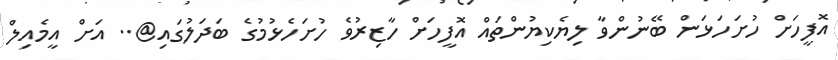
އޮފީހަށް ހުށަހަޅަން ބޭނުންވާ ލިޔެކިޔުންތައް އޮފީހަށް ހާޒިރުވެ ހުށަހެޅުމުގެ ބަދަލުގައި@.. އަށް އީމެއިލް